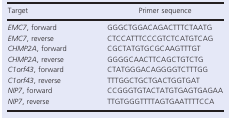
| Target | Primer sequence |
 | --- | --- |
 | EMC7, forward | GGGCTGGACAGACTTTCTAATG |
 | EMC7, reverse | CTCCATTTCCCGTCTCATGTCAG |
 | CHMP2A, forward | CGCTATGTGCGCAAGTTTGT |
 | CHMP2A, reverse | GGGGCAACTTCAGCTGTCTG |
 | C1orf43, forward | CTATGGGACAGGGGTCTTTGG |
 | C1orf43, reverse | TTTGGCTGCTGACTGGTGAT |
 | NIP7, forward | CCGGGTGTACTATGTGAGTGAGAA |
 | NIP7, reverse | TTGTGGGTTTTAGTGAATTTTCCA |